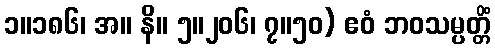
၁။၁၈၆၊ အ။ နိ။ ၅။၂၀၆၊ ၇။၅၀) ဧဝံ ဘဝသမ္ပတ္တိံ